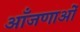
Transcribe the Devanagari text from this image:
आँजणाओं